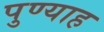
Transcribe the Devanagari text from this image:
पुण्याह